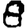
Digit: 8